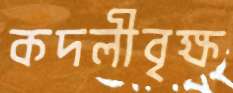
কদলীবৃক্ষ